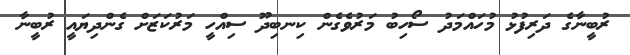
ރުބީނާގެ ދަރިފުޅު މުހައްމަދު ސޯހިބު މަރުވެގެން ކިނބިދޫ ސިއްހީ މަރުކަޒަށް ގެންދިޔައީ ރުބީނާ